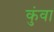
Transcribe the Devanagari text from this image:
कुंवा